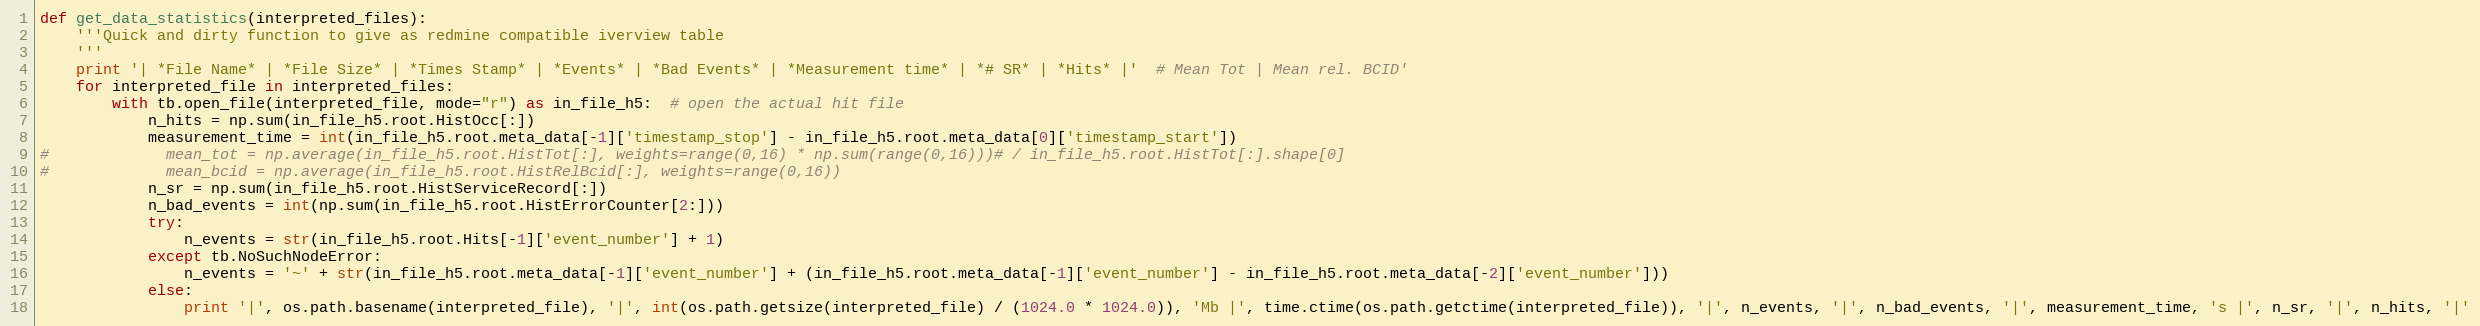
Language: Python
def get_data_statistics(interpreted_files):
    '''Quick and dirty function to give as redmine compatible iverview table
    '''
    print '| *File Name* | *File Size* | *Times Stamp* | *Events* | *Bad Events* | *Measurement time* | *# SR* | *Hits* |'  # Mean Tot | Mean rel. BCID'
    for interpreted_file in interpreted_files:
        with tb.open_file(interpreted_file, mode="r") as in_file_h5:  # open the actual hit file
            n_hits = np.sum(in_file_h5.root.HistOcc[:])
            measurement_time = int(in_file_h5.root.meta_data[-1]['timestamp_stop'] - in_file_h5.root.meta_data[0]['timestamp_start'])
#             mean_tot = np.average(in_file_h5.root.HistTot[:], weights=range(0,16) * np.sum(range(0,16)))# / in_file_h5.root.HistTot[:].shape[0]
#             mean_bcid = np.average(in_file_h5.root.HistRelBcid[:], weights=range(0,16))
            n_sr = np.sum(in_file_h5.root.HistServiceRecord[:])
            n_bad_events = int(np.sum(in_file_h5.root.HistErrorCounter[2:]))
            try:
                n_events = str(in_file_h5.root.Hits[-1]['event_number'] + 1)
            except tb.NoSuchNodeError:
                n_events = '~' + str(in_file_h5.root.meta_data[-1]['event_number'] + (in_file_h5.root.meta_data[-1]['event_number'] - in_file_h5.root.meta_data[-2]['event_number']))
            else:
                print '|', os.path.basename(interpreted_file), '|', int(os.path.getsize(interpreted_file) / (1024.0 * 1024.0)), 'Mb |', time.ctime(os.path.getctime(interpreted_file)), '|', n_events, '|', n_bad_events, '|', measurement_time, 's |', n_sr, '|', n_hits, '|'